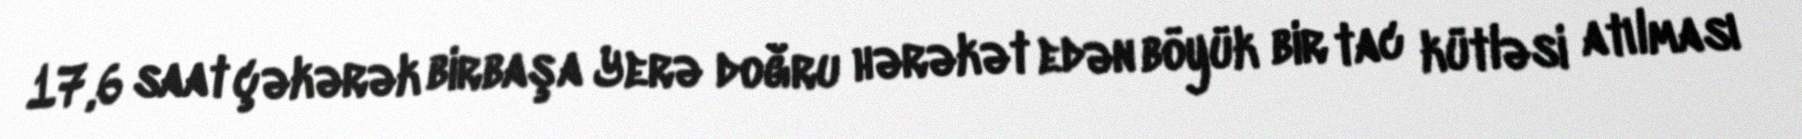
17,6 saat çəkərək birbaşa Yerə doğru hərəkət edən böyük bir tac kütləsi atılması